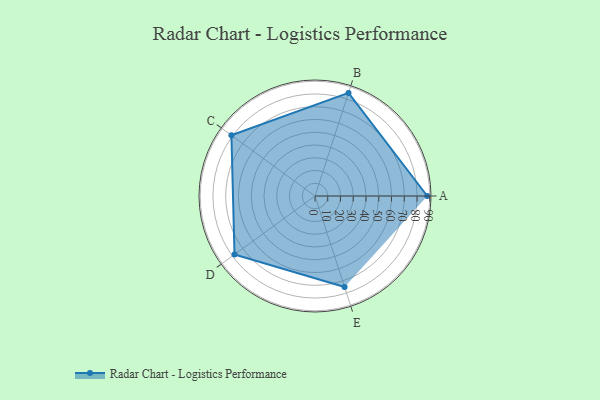
{"axis": {"x": "Skill", "y": "Score"}, "legend": ["Profile"], "data": [{"x": "A", "y": 88.0, "type": "Profile"}, {"x": "B", "y": 85.0, "type": "Profile"}, {"x": "C", "y": 81.0, "type": "Profile"}, {"x": "D", "y": 78.0, "type": "Profile"}, {"x": "E", "y": 75.0, "type": "Profile"}]}